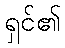
ရှင်၏